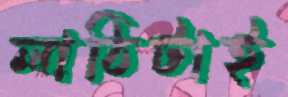
লাঠিটাই